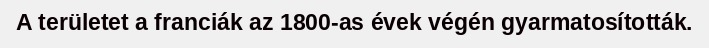
A területet a franciák az 1800-as évek végén gyarmatosították.